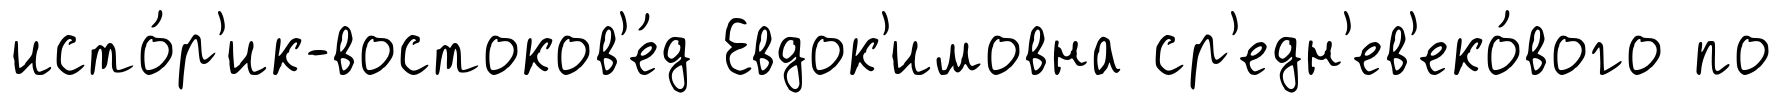
исто́р'ик-востоков'е́д Евдок'имовна ср'едн'ев'еко́вого по